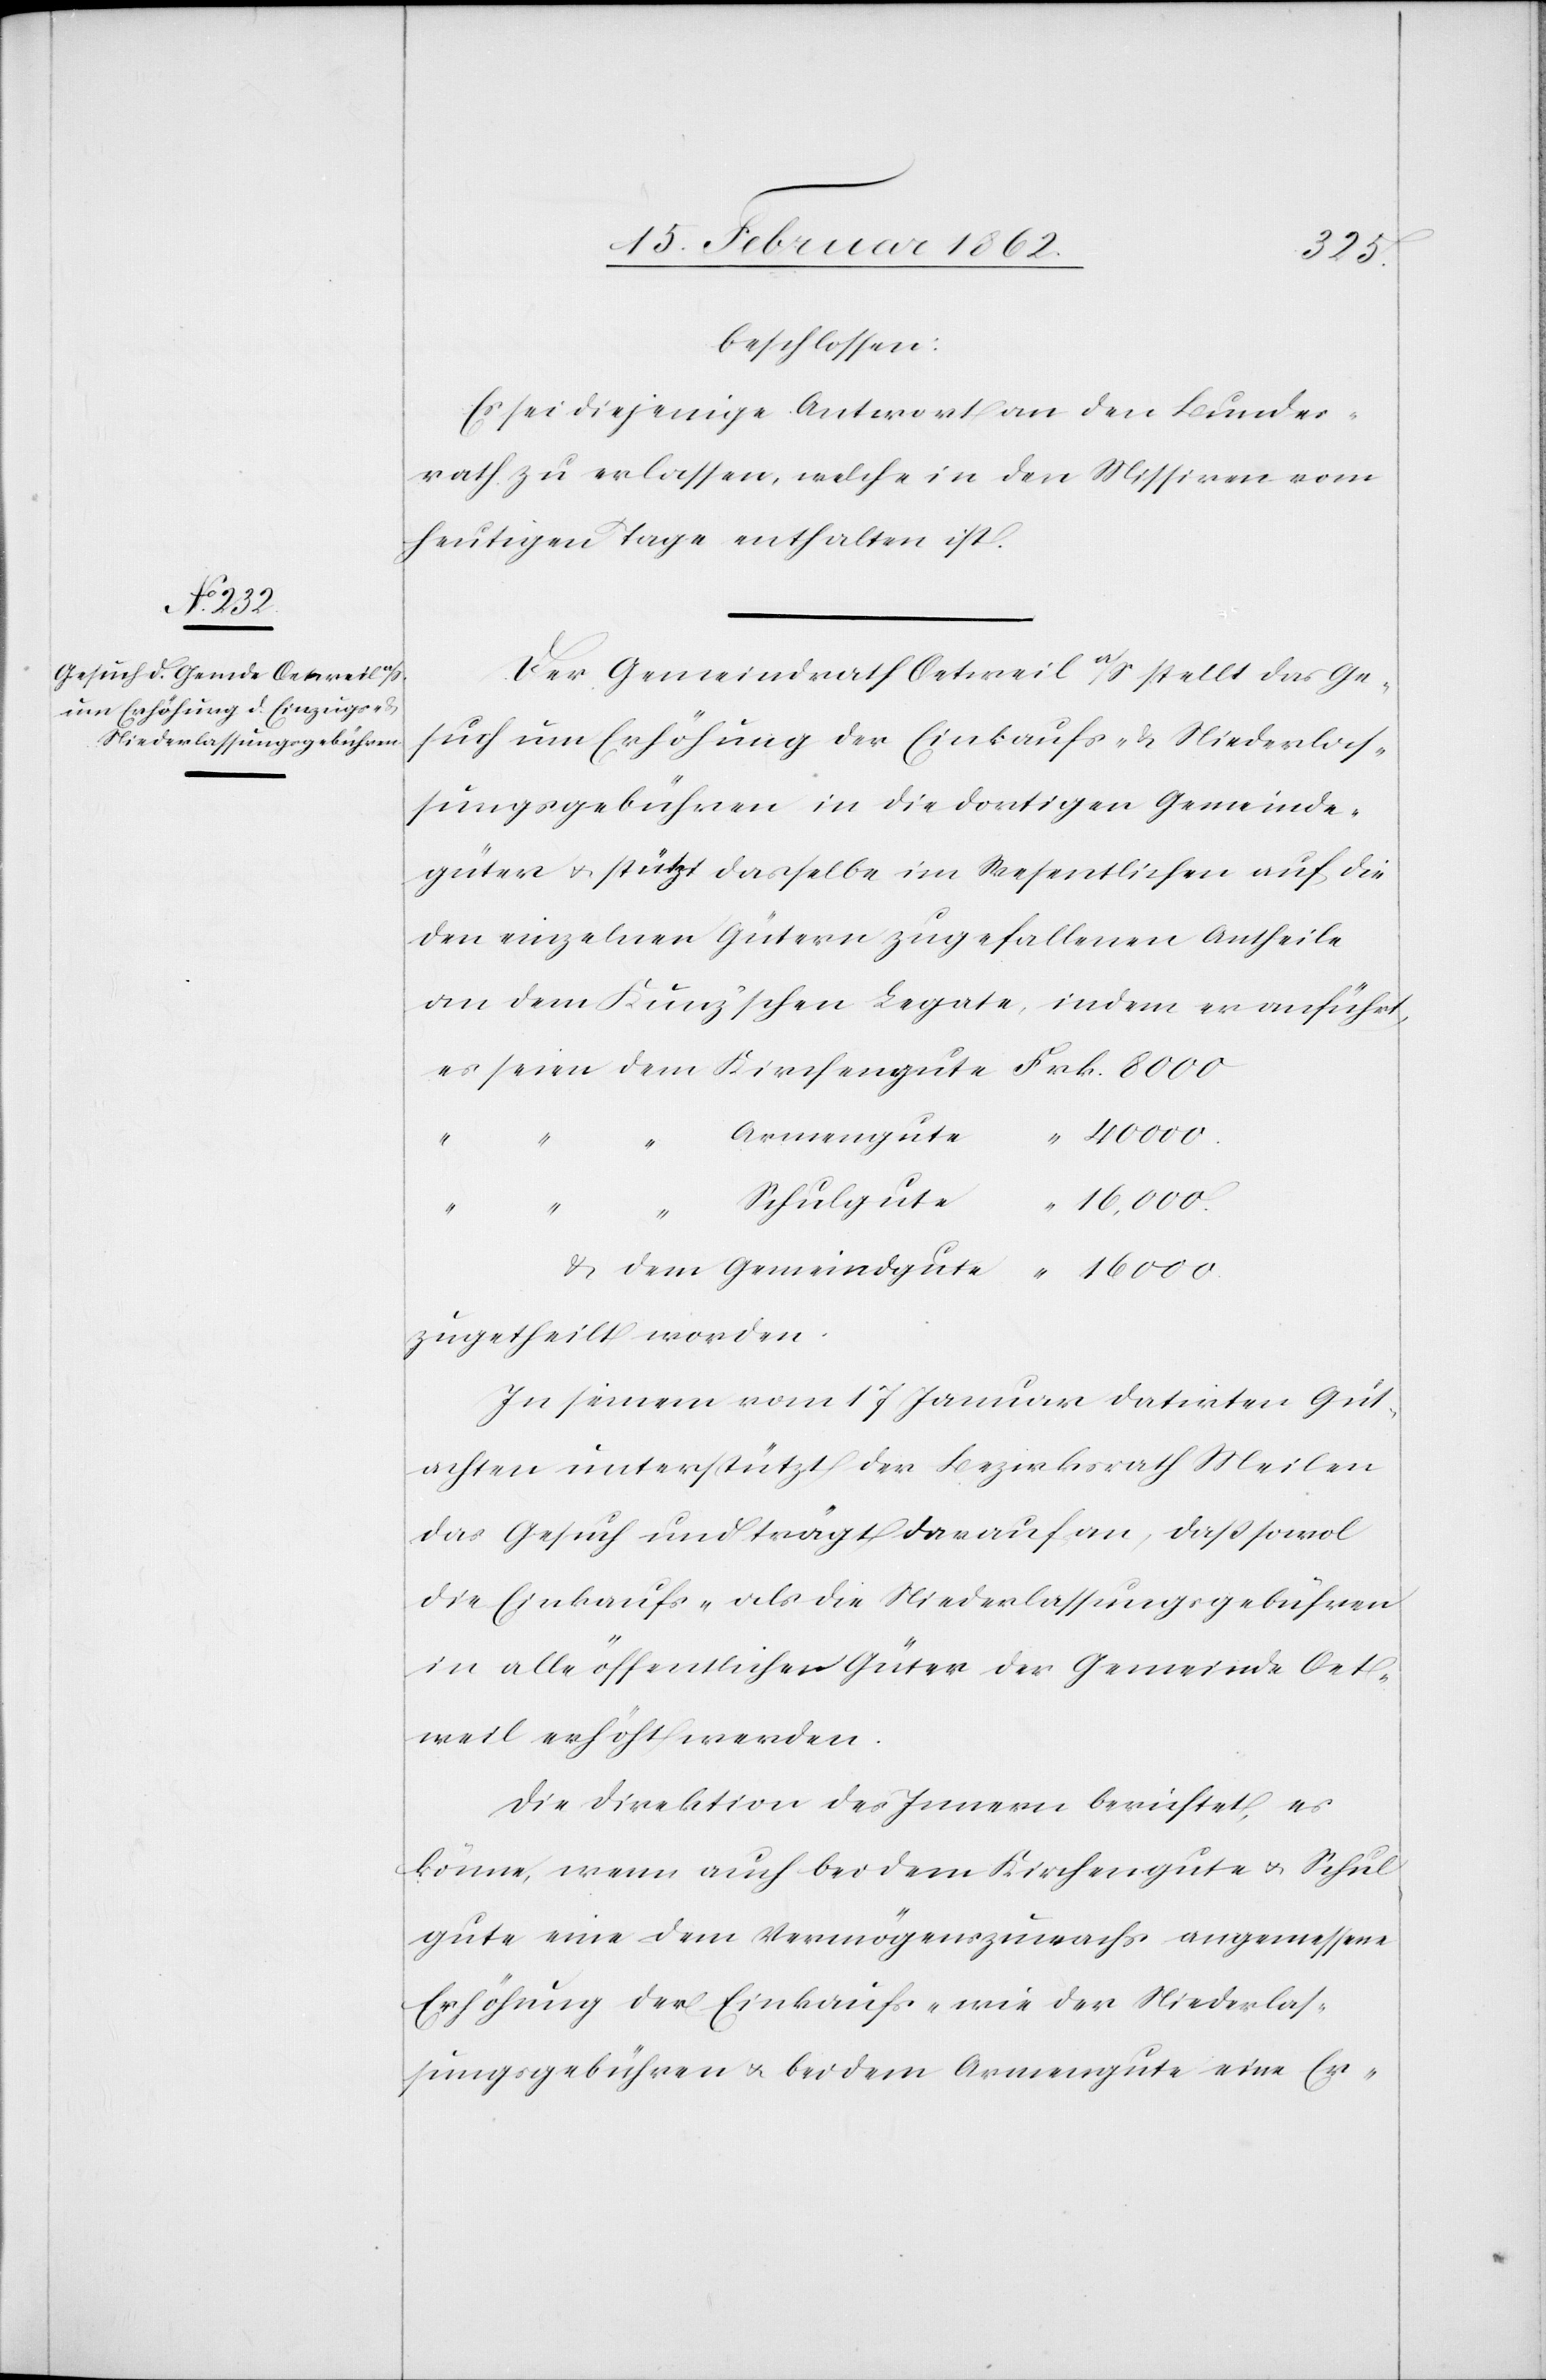
seien

beschlossen:
Es sei diejenige Antwort an den Bundes¬
rath zu erlassen, welche in den Missiven vom
heutigen Tage enthalten ist.
Der Gemeindrath Oetweil a/S stellt das Ge¬
such um Erhöhung der Einkaufs- & Niederlas¬
sungsgebühren in die dortigen Gemeinde¬
güter u. stützt dasselbe im Wesentlichen auf die
den einzelnen Gütern zugefallenen Antheile
an dem Kunz’schen Legate, indem er anführt,
“
“
zugetheilt worden.
In seinem vom 17 Januar datirten Gut¬
achten unterstützt der Bezirksrath Meilen
das Gesuch und trägt darauf an, daß sowol
die Einkaufs- als die Niederlassungsgebühren
in alle öffentlichen Güter der Gemeinde Oet¬
weil erhöht werden.
Die Direktion des Innern berichtet, es
könne, wenn auch bei dem Kirchengute u. Schul¬
gute eine dem Vermögenszuwachs angemessene
Erhöhung der Einkaufs- wie der Niederlas¬
sungsgebühren u. bei dem Armengute eine Er-